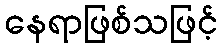
နေရာဖြစ်သဖြင့်